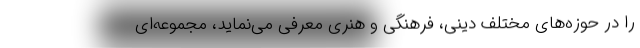
را در حوزه‌های مختلف دینی، فرهنگی و هنری معرفی می‌نماید، مجموعه‌ای